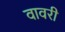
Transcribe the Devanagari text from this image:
वावरी